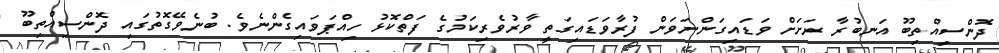
ދޮންސިއްތިބޫ އަނބުރާ ރަށަށް ވަޑައިގަންނަވަން ފުރާވަޑައިގަތީ ވާރުވެރިކަމުގެ ފަތްކޮޅު ހިއްޕަވައިގެންނެވެ. ބުނެވޭގޮތުގައި ދޮންސިއްތިބޫ